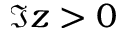
\Im z > 0